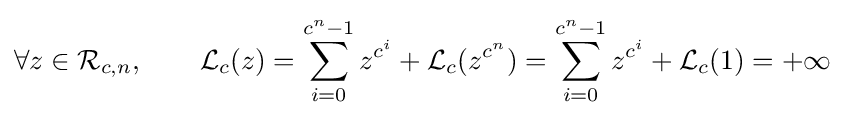
\forall z\in {\mathcal {R}}_{c,n},\qquad {\mathcal {L}}_{c}(z)=\sum _{i=0}^{c^{n}-1}z^{c^{i}}+{\mathcal {L}}_{c}(z^{c^{n}})=\sum _{i=0}^{c^{n}-1}z^{c^{i}}+{\mathcal {L}}_{c}(1)=+\infty